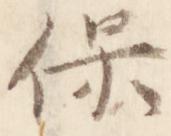
保